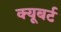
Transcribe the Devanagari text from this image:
क्यूबर्ट